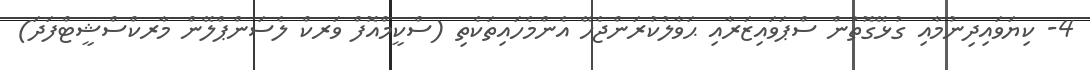
4- ކިޔަވައިދިނުމާއި ގުޅޭގޮތުން ސްޕަވައިޒަރާއި ޙަވާލުކުރަންޖެހޭ އެންމެހައިތަކެތި (ސްކީމްއޮފް ވަރކް ލެސަންޕްލޭން މާރކްސްޝީޓްފަދަ)